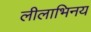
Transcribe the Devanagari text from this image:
लीलाभिनय